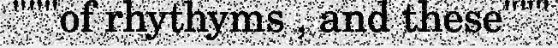
"""of rhythyms , and these"""